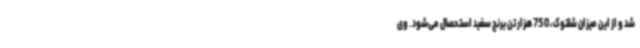
شد و از این میزان شلتوک، 750 هزار تن برنج سفید استحصال می‌شود. وی